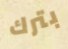
بترك